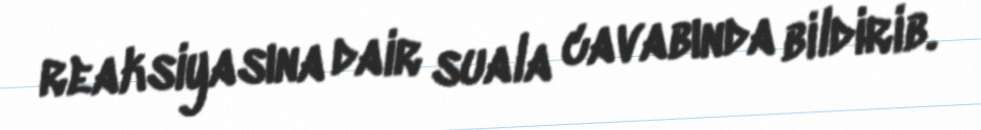
reaksiyasına dair suala cavabında bildirib.